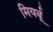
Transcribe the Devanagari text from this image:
मियर्बू